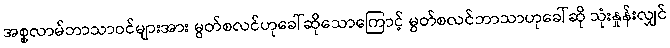
အစ္စလာမ်ဘာသာဝင်များအား မွတ်စလင်ဟုခေါ်ဆိုသောကြောင့် မွတ်စလင်ဘာသာဟုခေါ်ဆို သုံးနှုန်းလျှင်